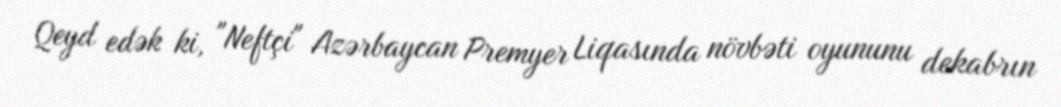
Qeyd edək ki, "Neftçi" Azərbaycan Premyer Liqasında növbəti oyununu dekabrın